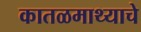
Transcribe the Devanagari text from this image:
कातळमाथ्याचे